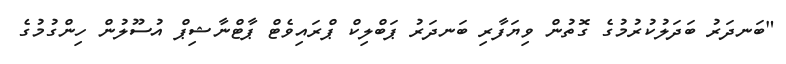
"ބަނދަރު ބަދަލުކުރުމުގެ ގޮތުން ވިޔަފާރި ބަނދަރު ޕަބްލިކް ޕްރައިވެޓް ޕާޓްނާޝިޕް އުސޫލުން ހިންގުމުގެ